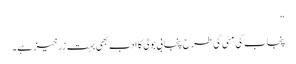
“
پنجاب کی مٹی کی طرح پنجابی بولی کا ادب بھی بہت زرخیز ہے۔